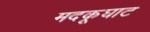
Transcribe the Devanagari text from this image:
मदकूघाट